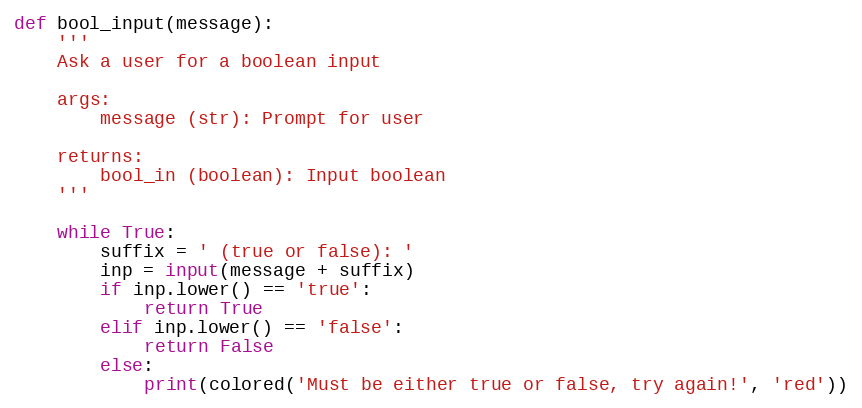
Language: Python
def bool_input(message):
    '''
    Ask a user for a boolean input

    args:
        message (str): Prompt for user

    returns:
        bool_in (boolean): Input boolean
    '''

    while True:
        suffix = ' (true or false): '
        inp = input(message + suffix)
        if inp.lower() == 'true':
            return True
        elif inp.lower() == 'false':
            return False
        else:
            print(colored('Must be either true or false, try again!', 'red'))